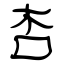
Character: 杏